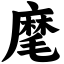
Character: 麾